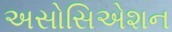
અસોસિએશન